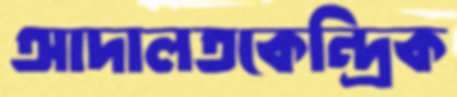
আদালতকেন্দ্রিক